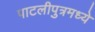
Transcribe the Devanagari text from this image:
पाटलीपुत्रमध्ये